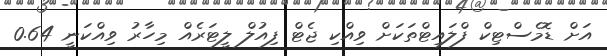
އަށް ޑޮމެސްޓިކް ފްލައިޓްތަކަށް ވިއްކި ޖެޓް ފިއުލް ލީޓަރެއް މިހާރު ވިއްކަނީ 0.64